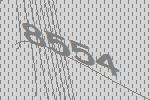
8554